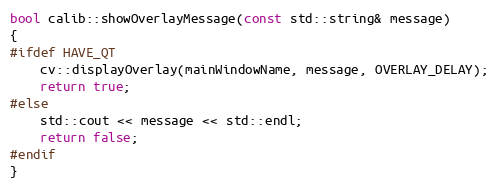
Language: C++
bool calib::showOverlayMessage(const std::string& message)
{
#ifdef HAVE_QT
    cv::displayOverlay(mainWindowName, message, OVERLAY_DELAY);
    return true;
#else
    std::cout << message << std::endl;
    return false;
#endif
}